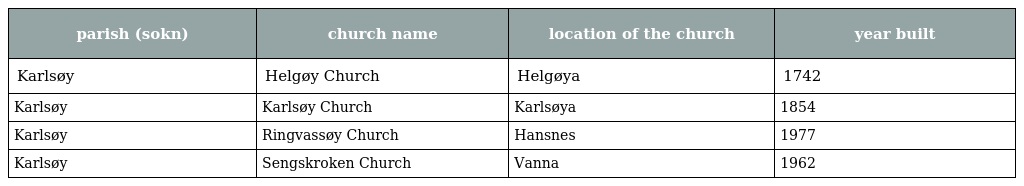
| parish (sokn) | church name | location of the church | year built |
 | --- | --- | --- | --- |
 | Karlsøy | Helgøy Church | Helgøya | 1742 |
 | Karlsøy | Karlsøy Church | Karlsøya | 1854 |
 | Karlsøy | Ringvassøy Church | Hansnes | 1977 |
 | Karlsøy | Sengskroken Church | Vanna | 1962 |